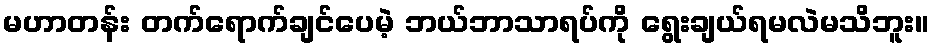
မဟာတန်း တက်ရောက်ချင်ပေမဲ့ ဘယ်ဘာသာရပ်ကို ရွေးချယ်ရမလဲမသိဘူး။